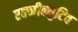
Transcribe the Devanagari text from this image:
एक्जीक्युटिव